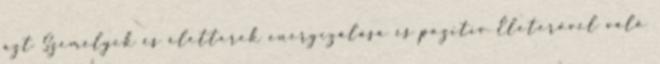
azt Személyek és életterek energizálása és pozitív Életerővel való